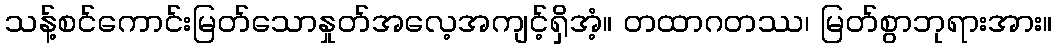
သန့်စင်ကောင်းမြတ်သောနှုတ်အလေ့အကျင့်ရှိအံ့။ တထာဂတဿ၊ မြတ်စွာဘုရားအား။